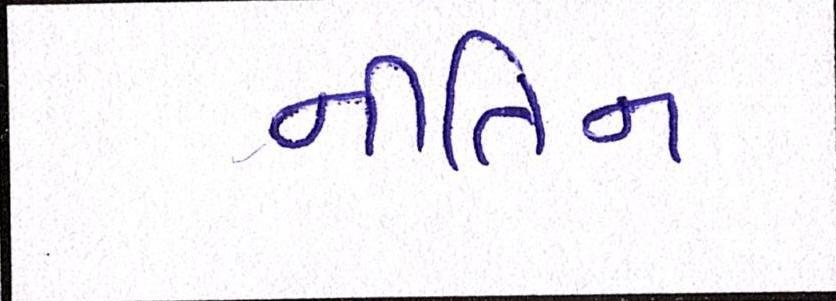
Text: નીતિન